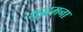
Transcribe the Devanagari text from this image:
शुद्धमना